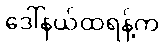
ဒေါ်နယ်ထရန့်က